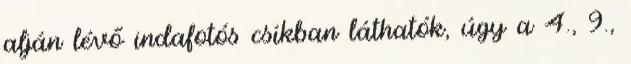
alján lévő indafotós csíkban láthatók, úgy a 4., 9.,